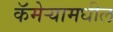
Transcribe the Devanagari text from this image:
कॅमेऱ्यामधील